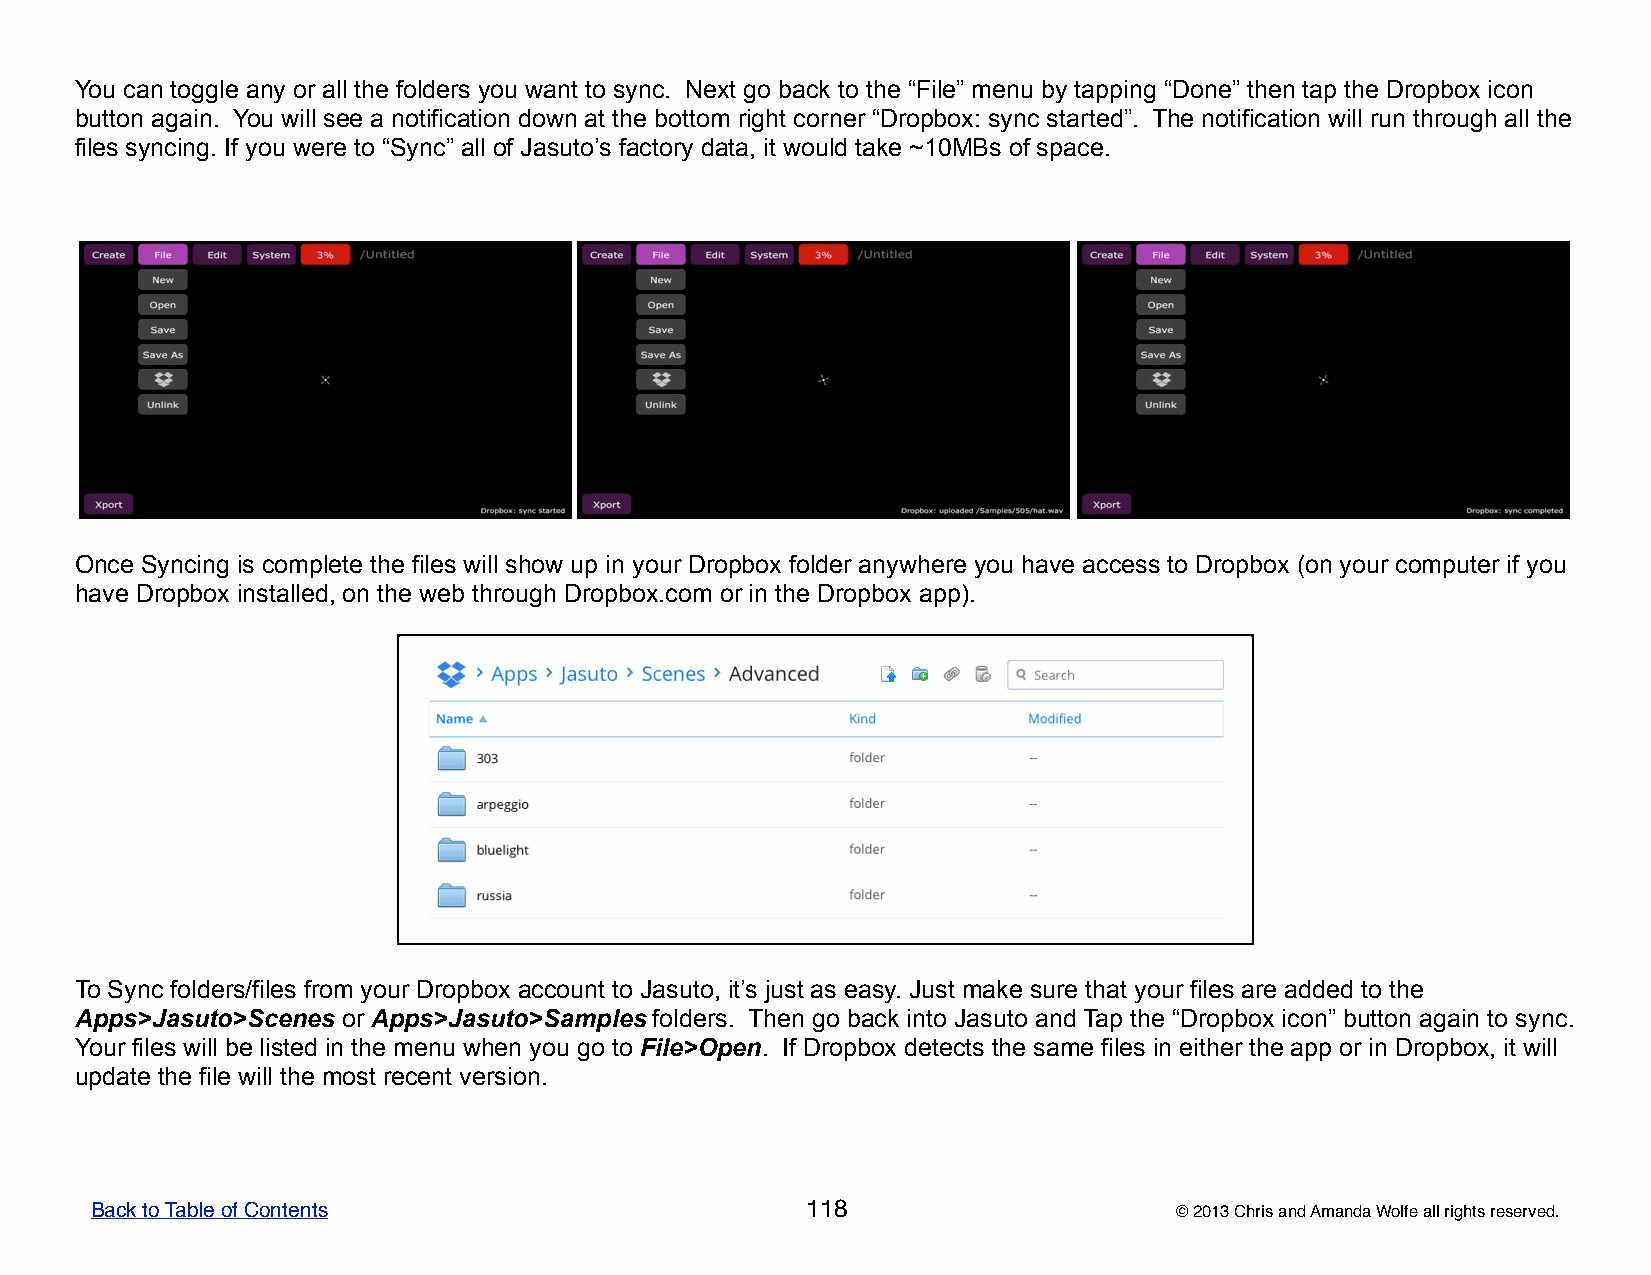
You can toggle any or all the folders you want to sync. Next go back to the “File” menu by tapping “Done” then tap the Dropbox icon
 button again. You will see a notification down at the bottom right corner “Dropbox: sync started”. The notification will run through all the
 files syncing. If you were to “Sync” all of Jasuto’s factory data, it would take ~10MBs of space.
 Once Syncing is complete the files will show up in your Dropbox folder anywhere you have access to Dropbox (on your computer if you
 have Dropbox installed, on the web through Dropbox.com or in the Dropbox app).
 To Sync folders/files from your Dropbox account to Jasuto, it’s just as easy. Just make sure that your files are added to the
 Apps>Jasuto>Scenes or Apps>Jasuto>Samples folders. Then go back into Jasuto and Tap the “Dropbox icon” button again to sync.
 Your files will be listed in the menu when you go to File>Open. If Dropbox detects the same files in either the app or in Dropbox, it will
 update the file will the most recent version.
 Back to Table of Contents                      118                      © 2013 Chris and Amanda Wolfe all rights reserved.